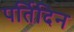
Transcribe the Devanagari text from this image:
पर्तिदिन